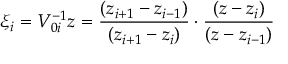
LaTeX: \xi _ { i } = V _ { 0 i } ^ { - 1 } z = \frac { ( z _ { i + 1 } - z _ { i - 1 } ) } { ( z _ { i + 1 } - z _ { i } ) } \cdot \frac { ( z - z _ { i } ) } { ( z - z _ { i - 1 } ) }